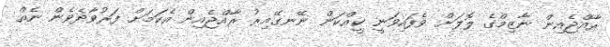
ރާއްޖެއިން ނާޒިމްގެ ލޮލަށް ވެފައިވަނީ ކީއްކަން ނޭނގޭއިރު ރާއްޖެއިން އެކަމަށް ފަރުވާދެވެން ނެތް